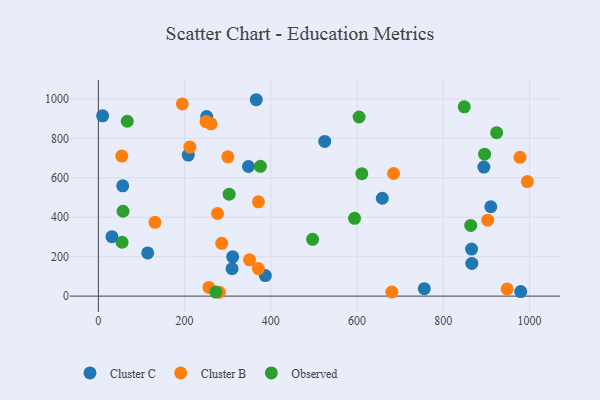
{"axis": {"x": "Price", "y": "Yield"}, "legend": ["Cluster B", "Cluster C", "Observed"], "data": [{"x": "366.1", "y": 996.3, "type": "Cluster C"}, {"x": "348.1", "y": 657.4, "type": "Cluster C"}, {"x": "893.9", "y": 654.4, "type": "Cluster C"}, {"x": "208.5", "y": 715.3, "type": "Cluster C"}, {"x": "56.5", "y": 559.4, "type": "Cluster C"}, {"x": "310.0", "y": 139.2, "type": "Cluster C"}, {"x": "251.2", "y": 910.7, "type": "Cluster C"}, {"x": "31.4", "y": 301.3, "type": "Cluster C"}, {"x": "979.4", "y": 23.0, "type": "Cluster C"}, {"x": "524.9", "y": 784.9, "type": "Cluster C"}, {"x": "865.4", "y": 238.4, "type": "Cluster C"}, {"x": "755.7", "y": 37.7, "type": "Cluster C"}, {"x": "387.2", "y": 103.9, "type": "Cluster C"}, {"x": "865.9", "y": 165.9, "type": "Cluster C"}, {"x": "311.5", "y": 199.4, "type": "Cluster C"}, {"x": "658.4", "y": 496.4, "type": "Cluster C"}, {"x": "910.0", "y": 453.2, "type": "Cluster C"}, {"x": "9.9", "y": 914.7, "type": "Cluster C"}, {"x": "114.4", "y": 219.0, "type": "Cluster C"}, {"x": "54.3", "y": 710.5, "type": "Cluster B"}, {"x": "947.9", "y": 36.5, "type": "Cluster B"}, {"x": "256.4", "y": 44.0, "type": "Cluster B"}, {"x": "684.5", "y": 621.9, "type": "Cluster B"}, {"x": "286.1", "y": 268.0, "type": "Cluster B"}, {"x": "261.4", "y": 873.8, "type": "Cluster B"}, {"x": "276.3", "y": 419.0, "type": "Cluster B"}, {"x": "350.6", "y": 184.1, "type": "Cluster B"}, {"x": "194.7", "y": 975.0, "type": "Cluster B"}, {"x": "280.6", "y": 19.4, "type": "Cluster B"}, {"x": "300.3", "y": 706.4, "type": "Cluster B"}, {"x": "902.9", "y": 385.3, "type": "Cluster B"}, {"x": "994.8", "y": 580.8, "type": "Cluster B"}, {"x": "977.7", "y": 704.2, "type": "Cluster B"}, {"x": "371.2", "y": 478.5, "type": "Cluster B"}, {"x": "371.1", "y": 139.5, "type": "Cluster B"}, {"x": "249.7", "y": 885.2, "type": "Cluster B"}, {"x": "212.2", "y": 756.2, "type": "Cluster B"}, {"x": "680.5", "y": 20.2, "type": "Cluster B"}, {"x": "131.3", "y": 374.3, "type": "Cluster B"}, {"x": "57.2", "y": 430.4, "type": "Observed"}, {"x": "67.0", "y": 887.0, "type": "Observed"}, {"x": "375.8", "y": 658.5, "type": "Observed"}, {"x": "594.0", "y": 394.4, "type": "Observed"}, {"x": "923.5", "y": 829.0, "type": "Observed"}, {"x": "895.6", "y": 720.2, "type": "Observed"}, {"x": "610.9", "y": 620.9, "type": "Observed"}, {"x": "303.3", "y": 517.0, "type": "Observed"}, {"x": "863.4", "y": 358.7, "type": "Observed"}, {"x": "55.0", "y": 273.1, "type": "Observed"}, {"x": "272.4", "y": 20.2, "type": "Observed"}, {"x": "604.6", "y": 908.7, "type": "Observed"}, {"x": "496.8", "y": 288.2, "type": "Observed"}, {"x": "848.4", "y": 960.2, "type": "Observed"}]}